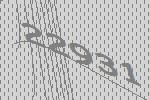
22931